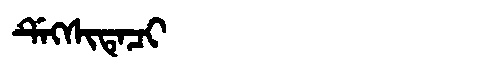
Manchu: ᡩᡝᡴᠰᡳᡨᡝᠴᡳ
Romanization: DEKSITECI